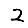
Digit: 2